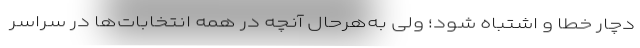
دچار خطا و اشتباه شود؛ ولی به‌هرحال آنچه در همه انتخابات‌ها در سراسر